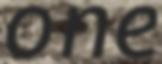
one